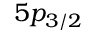
5 p _ { 3 / 2 }